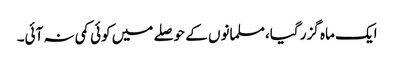
ایک ماہ گزر گیا،مسلمانوں کے حوصلے میں کوئی کمی نہ آئی۔